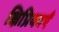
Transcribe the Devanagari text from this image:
क्षिप्रिकाएँ